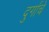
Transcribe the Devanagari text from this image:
दुर्गाचे